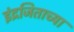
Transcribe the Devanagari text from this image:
इंद्रजिताच्या